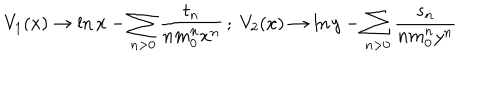
V _ { 1 } ( x ) \rightarrow \ln x - \sum _ { n > 0 } \frac { t _ { n } } { n m _ { 0 } ^ { n } x ^ { n } } \, ; \; V _ { 2 } ( x ) \rightarrow \ln y - \sum _ { n > 0 } \frac { s _ { n } } { n m _ { 0 } ^ { n } y ^ { n } }